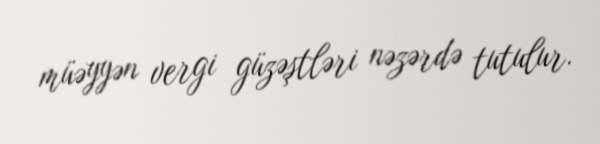
müəyyən vergi güzəştləri nəzərdə tutulur.